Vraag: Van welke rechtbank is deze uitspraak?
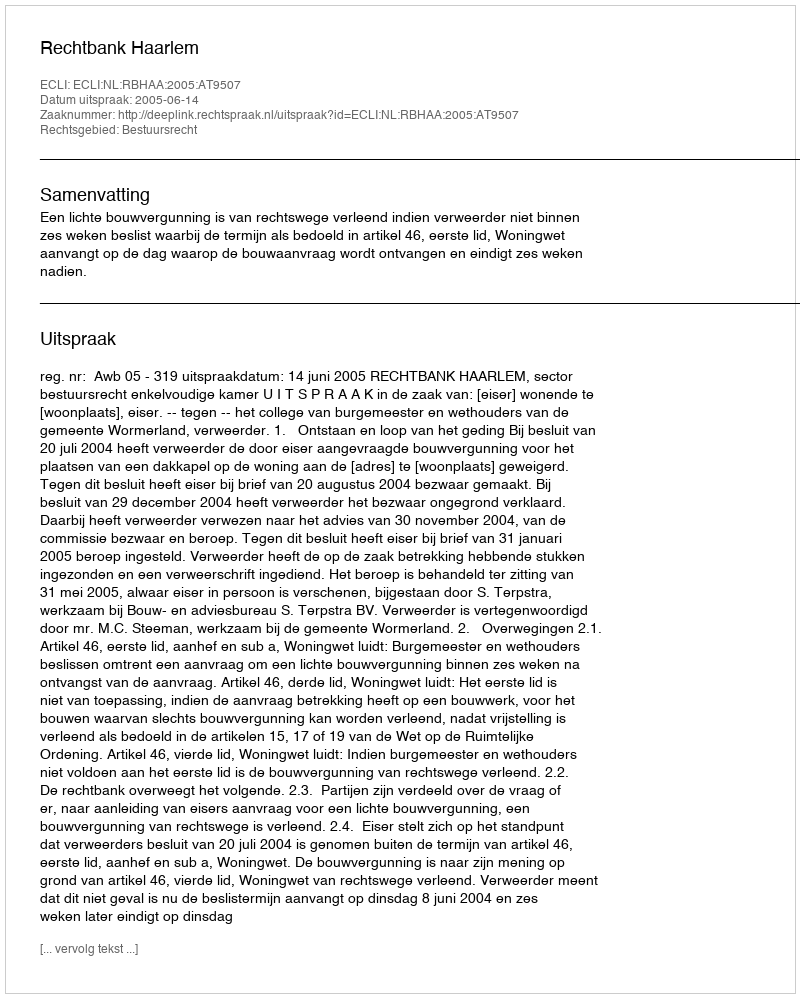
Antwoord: Rechtbank Haarlem